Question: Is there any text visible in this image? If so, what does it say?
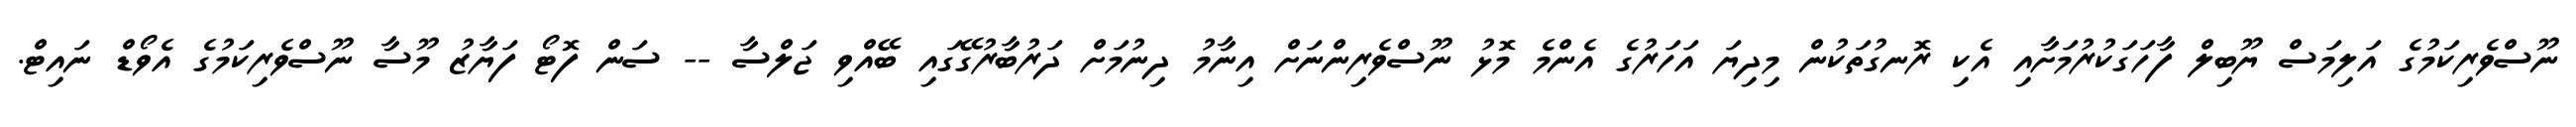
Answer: ނޫސްވެރިކަމުގެ އަލިމަސް ޔޫބިލް ފާހަގަކުރުމަށާއި އެކި ރޮނގުތަކުން މިދިޔަ އަހަރުގެ އެންމެ މޮޅު ނޫސްވެރިންނަށް އިނާމު ދިނުމަށް ދަރުބާރުގޭގައި ބޭއްވި ޖަލްސާ -- ސަން ފޮޓޯ ފަޔާޒު މޫސާ ނޫސްވެރިކަމުގެ އެވޯޑް ނައިޓް.